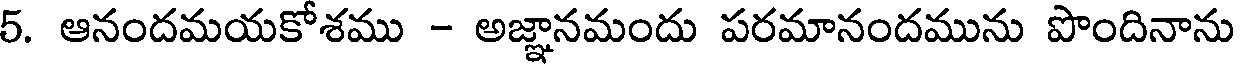
5. ఆనందమయకోశము - అజ్ఞానమందు పరమానందమును పొందినాను